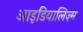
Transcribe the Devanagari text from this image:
आइडियालिज़्म